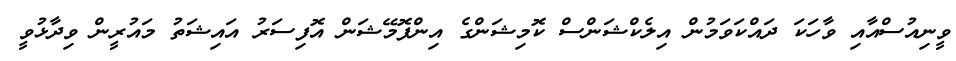
ވީނިއުސްއާއި ވާހަކަ ދައްކަވަމުން އިލެކްޝަންސް ކޮމިޝަންގެ އިންފޮމޭޝަން އޮފިސަރު އައިޝަތު މައުރީން ވިދާޅުވީ